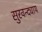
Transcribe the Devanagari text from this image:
सुरवन्द्याय